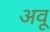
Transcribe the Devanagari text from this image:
अवू